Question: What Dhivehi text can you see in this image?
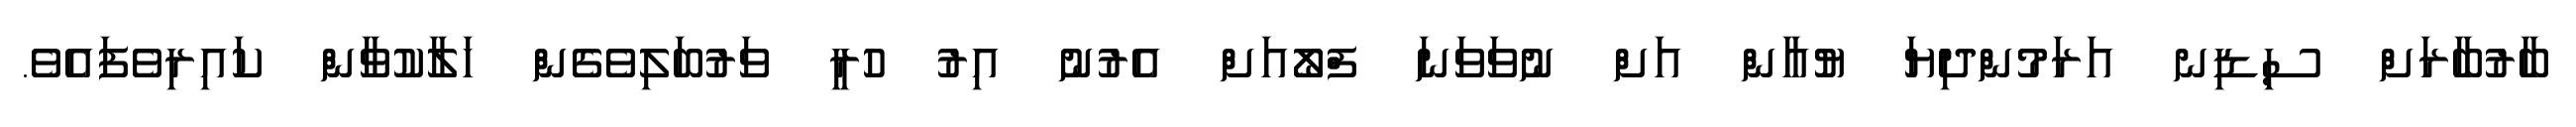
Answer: ބާރުބާރަށް ސިޑިނ އަރަމުންދިޔަ ޔުއާން އަށް ނުވަވަނަ ފްލޯއަށް އެރުނު އިރު ހުރީ ވަރުބަލިވެގެން ހަލާކުވާން ކައިރިވެފައެވެ.